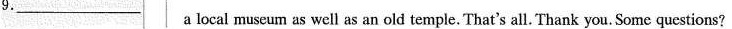
9.___a local museum as well as an old temple. That's all. Thank you. Some questions?